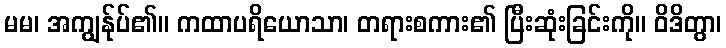
မမ၊ အကျွန်ုပ်၏။ ကထာပရိယောသာ၊ တရားစကား၏ ပြီးဆုံးခြင်းကို။ ဝိဒိတွာ၊